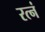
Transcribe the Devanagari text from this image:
रत्नं